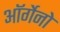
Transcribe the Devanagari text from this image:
ऑर्गेनो